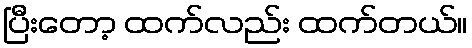
ပြီးတော့ ထက်လည်း ထက်တယ်။